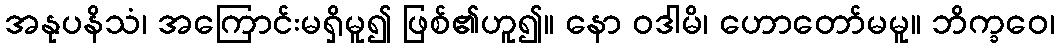
အနုပနိသံ၊ အကြောင်းမရှိမူ၍ ဖြစ်၏ဟူ၍။ နော ဝဒါမိ၊ ဟောတော်မမူ။ ဘိက္ခဝေ၊